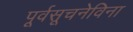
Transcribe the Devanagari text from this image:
पूर्वसूचनेविना